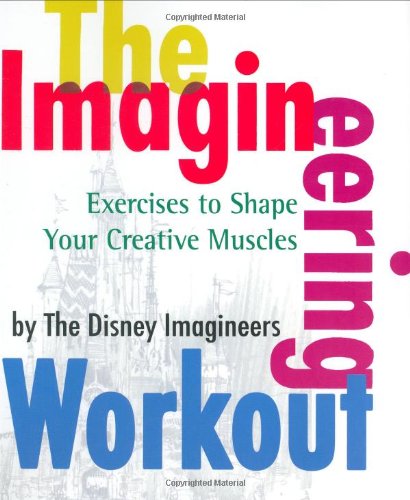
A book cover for The Imagineering Workout; The Disney Imagineers; Health, Fitness & Dieting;